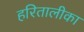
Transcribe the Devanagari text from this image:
हरितालीका